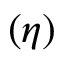
( \eta )